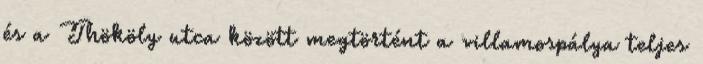
és a Thököly utca között megtörtént a villamospálya teljes